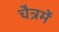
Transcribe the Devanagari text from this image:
चैत्रमें